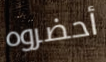
أحضروه